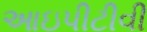
આઇપીટીવી